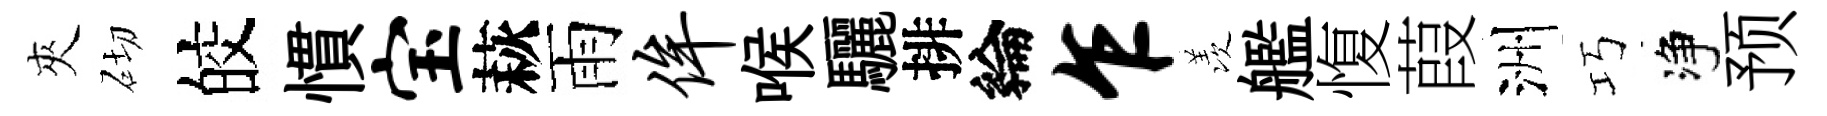
夾砌皎慣宝萩雨侔喉驪排綸乍羡艦愎葭洲巧净预